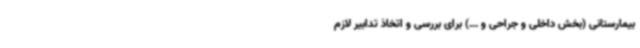
بیمارستانی (بخش داخلی و جراحی و ...) برای بررسی و اتخاذ تدابیر لازم